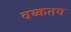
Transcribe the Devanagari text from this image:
वय्कतव